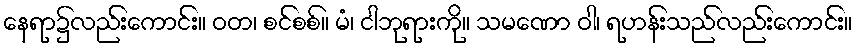
နေရာ၌လည်းကောင်း။ ဝတ၊ စင်စစ်။ မံ၊ ငါဘုရားကို။ သမဏော ဝါ၊ ရဟန်းသည်လည်းကောင်း။